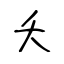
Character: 夭